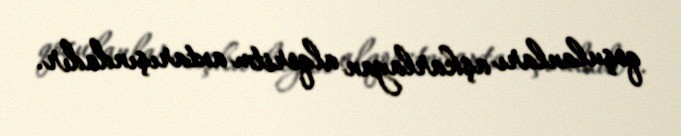
qoşulanları aşkarlayan alqoritm axtarışındadır.